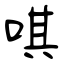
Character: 唭